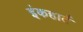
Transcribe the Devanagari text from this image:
इंकहार्ट